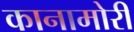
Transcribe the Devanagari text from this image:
कानामोरी